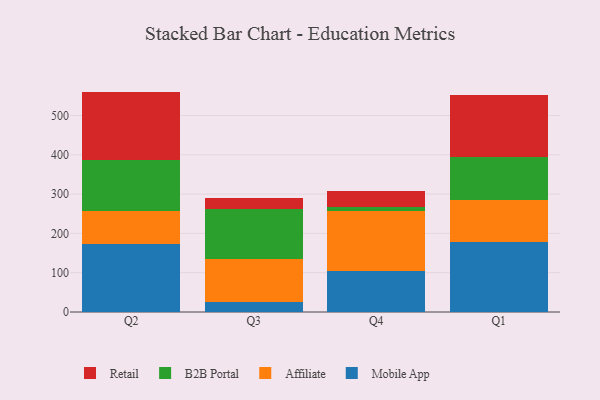
{"axis": {"x": "Quarter", "y": "Website Visitors"}, "legend": ["Affiliate", "B2B Portal", "Mobile App", "Retail"], "data": [{"x": "Q2", "y": 174.1, "type": "Mobile App"}, {"x": "Q2", "y": 81.6, "type": "Affiliate"}, {"x": "Q2", "y": 131.6, "type": "B2B Portal"}, {"x": "Q2", "y": 173.4, "type": "Retail"}, {"x": "Q3", "y": 24.5, "type": "Mobile App"}, {"x": "Q3", "y": 110.3, "type": "Affiliate"}, {"x": "Q3", "y": 127.7, "type": "B2B Portal"}, {"x": "Q3", "y": 28.5, "type": "Retail"}, {"x": "Q4", "y": 103.4, "type": "Mobile App"}, {"x": "Q4", "y": 153.8, "type": "Affiliate"}, {"x": "Q4", "y": 9.6, "type": "B2B Portal"}, {"x": "Q4", "y": 41.5, "type": "Retail"}, {"x": "Q1", "y": 177.9, "type": "Mobile App"}, {"x": "Q1", "y": 106.4, "type": "Affiliate"}, {"x": "Q1", "y": 109.9, "type": "B2B Portal"}, {"x": "Q1", "y": 158.5, "type": "Retail"}]}